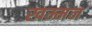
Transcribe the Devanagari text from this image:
खम्मन